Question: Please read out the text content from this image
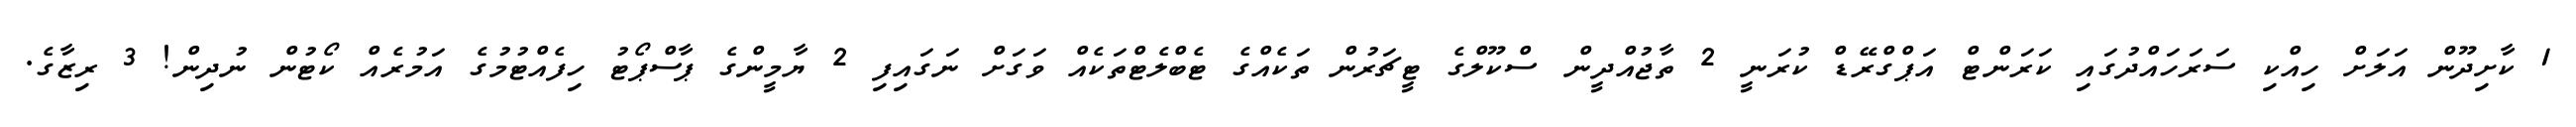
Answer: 1 ކާށިދޫން އަލަށް ހިއްކި ސަރަހައްދުގައި ކަރަންޓް އަޕްގްރޭޑް ކުރަނީ 2 ތާޖުއްދީން ސްކޫލްގެ ޓީޗަރުން ތަކެއްގެ ޓެބްލެޓްތަކެއް ވަގަށް ނަގައިފި 2 ޔާމީންގެ ޕާސްޕޯޓު ހިފެއްޓުމުގެ އަމުރެއް ކޯޓުން ނުދިން! 3 ރިޒާގެ.